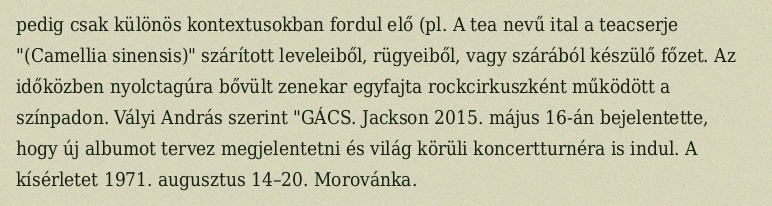
pedig csak különös kontextusokban fordul elő (pl. A tea nevű ital a teacserje "(Camellia sinensis)" szárított leveleiből, rügyeiből, vagy szárából készülő főzet. Az időközben nyolctagúra bővült zenekar egyfajta rockcirkuszként működött a színpadon. Vályi András szerint "GÁCS. Jackson 2015. május 16-án bejelentette, hogy új albumot tervez megjelentetni és világ körüli koncertturnéra is indul. A kísérletet 1971. augusztus 14–20. Morovánka.